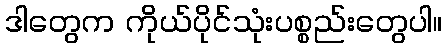
ဒါတွေက ကိုယ်ပိုင်သုံးပစ္စည်းတွေပါ။